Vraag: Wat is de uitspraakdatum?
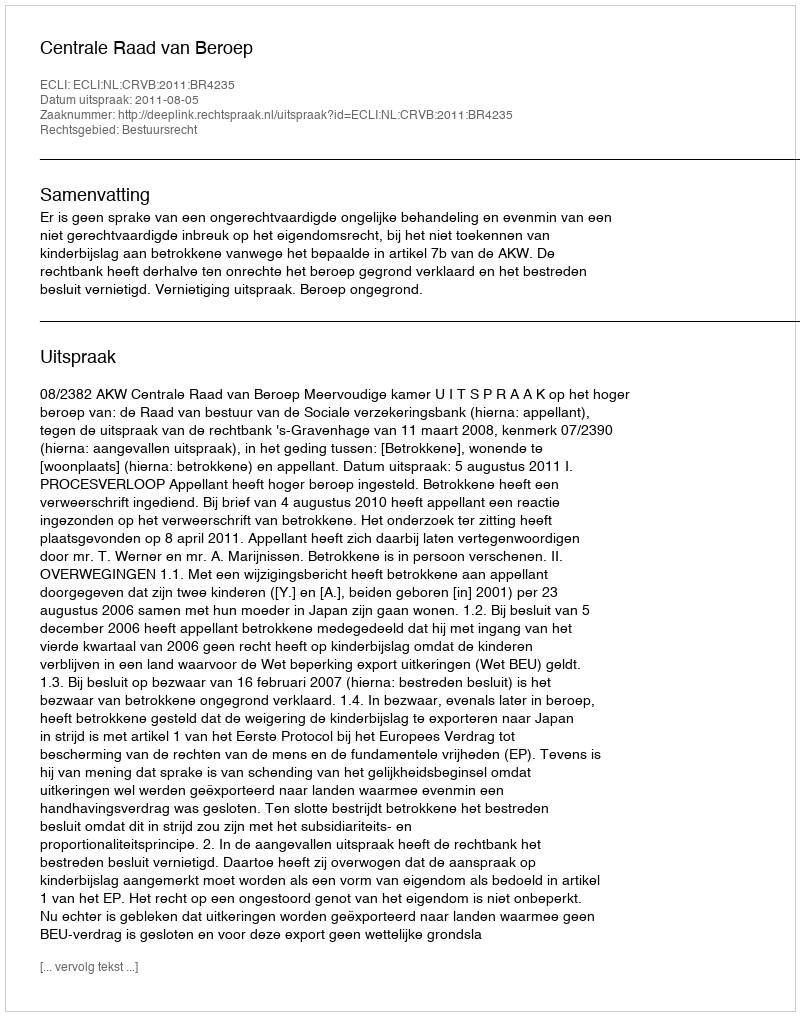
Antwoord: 2011-08-05